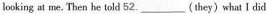
looking at me.Then be told 52.___(they)what I did